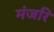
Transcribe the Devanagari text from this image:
मंजरि